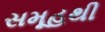
સમૂહથી